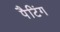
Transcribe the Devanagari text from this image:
पैटिंग